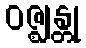
ဝဇ္ဈန္တု